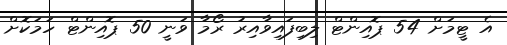
އެ ޓީމަށް 54 ޕޮއިންޓް ލިބިފައިވާއިރު ރޯމާ ވަނީ 50 ޕޮއިންޓް ހަމަކޮށް